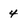
Character: 4